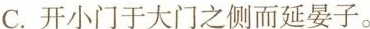
C.开小门于大门之侧而延晏子。